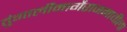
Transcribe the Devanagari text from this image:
तुंगार्लीमार्गेराजमाचीला